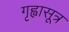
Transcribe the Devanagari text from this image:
गृह्वासूत्र